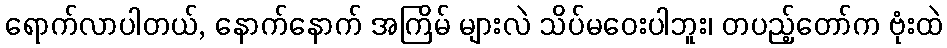
ရောက်လာပါတယ်, နောက်နောက် အကြိမ် များလဲ သိပ်မဝေးပါဘူး၊ တပည့်တော်က ဗုံးထဲ